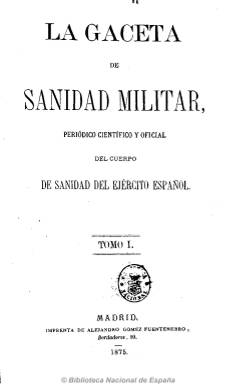
Título: La Gaceta de sanidad militar
Colección: Medicina militar
Ámbito geográfico: Madrid
Lugar de publicación: Madrid
Fechas: 10/01/1875-25/12/1884

Se trata del periódico del Cuerpo Oficial de Sanidad del Ejército que inicia ahora una nueva etapa bajo este título, de acuerdo a la orden ministerial de 9 de diciembre de 1874, impulsada por el nuevo director general del citado cuerpo, el teniente general Francisco Ceballos y Vargas (1814-1883). Subtitulada ahora como “periódico científico y oficial de la Sanidad del Ejército español” y dirigida por el facultativo Jorge Florit y Roldán.

Es, por tanto, continuación de Revista general de ciencias médicas y sanidad militar (1867), también de periodicidad quincenal, saliendo los días 10 y 25 de cada mes, y entre 28 y 36 páginas.

En su propio artículo de presentación se señala que es ‘ajena a la política’ y que es redactada por los jefes y oficiales del cuerpo científico de médicos y farmacéuticos del ejército. Sebastián Busque Torro (1831-1885) llegará a ser su secretario de redacción.

Mantiene la misma estructura que se impuso desde que apareciera su primera antecesora en 1864. Es decir, contiene una sección oficial con legislación y movimiento de personal, y otras de variedades y bibliografía, así como una revista de la prensa profesional. Pero su mayor espacio lo sigue dedicando a artículos doctrinales sobre el estudio de enfermedades, medios curativos, medicamentos, descubrimientos científicos, medicina militar y estadísticas sanitarias. Publicó también varios folletos monográficos.

Estuvo publicándose con este título hasta noviembre de 1885. Al final de cada tomo incluye un índice anual y será continuada por Revista de sanidad militar (1887).